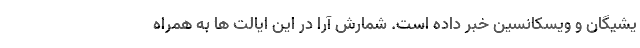
یشیگان و ویسکانسین خبر داده است. شمارش آرا در این ایالت ها به همراه